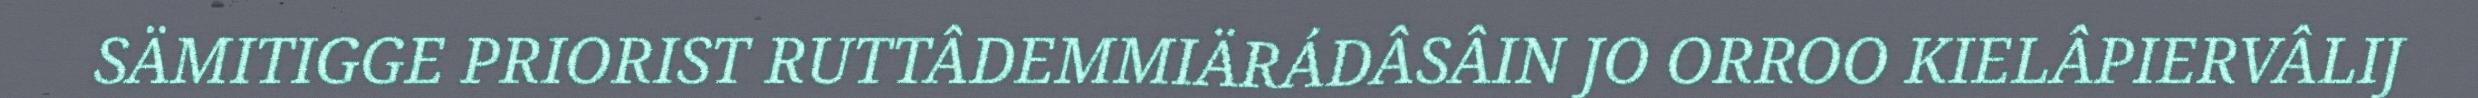
SÄMITIGGE PRIORIST RUTTÂDEMMIÄRÁDÂSÂIN JO ORROO KIELÂPIERVÂLIJ